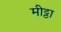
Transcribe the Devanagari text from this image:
मीट्ठा